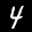
Label: 4